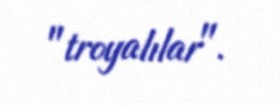
"troyalılar".